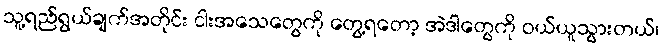
သူ့ရည်ရွယ်ချက်အတိုင်း ငါးအသေတွေကို တွေ့ရတော့ အဲဒါတွေကို ဝယ်ယူသွားတယ်၊